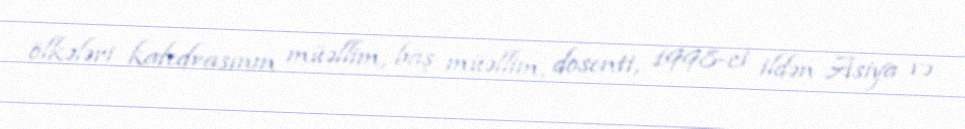
ölkələri kafedrasının müəllim, baş müəllim, dosenti, 1998-ci ildən Asiya və